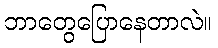
ဘာတွေပြောနေတာလဲ။